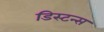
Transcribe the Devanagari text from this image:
डिस्‍टन्स